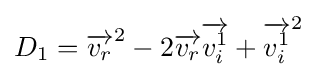
\,\!D_{1}={\overrightarrow {v_{r}}}^{2}-2{\overrightarrow {v_{r}}}{\overrightarrow {v_{i}^{1}}}+{\overrightarrow {v_{i}^{1}}}^{2}